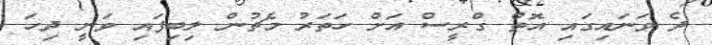
ދެ ވަނައިގައި އޮތް ގްރީސް އަށް ހަތަރު މެޗުން ލިބިފައި ވަނީ ދިހަ